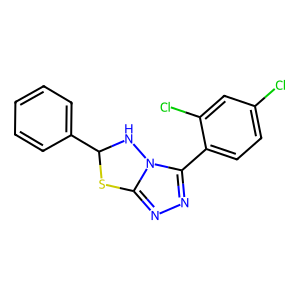
SMILES: Clc1ccc(-c2nnc3n2NC(c2ccccc2)S3)c(Cl)c1
Inhibits HIV replication: No